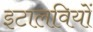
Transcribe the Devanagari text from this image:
इटालवियों